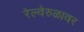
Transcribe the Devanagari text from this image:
रेल्वेरुळावर